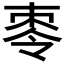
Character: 𪲕